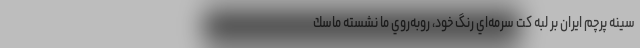
سينه پرچم ايران بر لبه كت سرمه‌اي رنگ خود، روبه‌روي ما نشسته ماسك